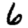
Digit: 6